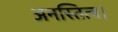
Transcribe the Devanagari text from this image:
अनस्तित्व।